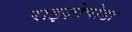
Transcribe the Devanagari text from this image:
राइज़ोपोडा